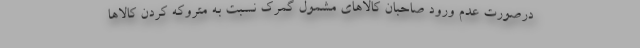
درصورت عدم ورود صاحبان کالاهای مشمول گمرک نسبت به متروکه کردن کالاها